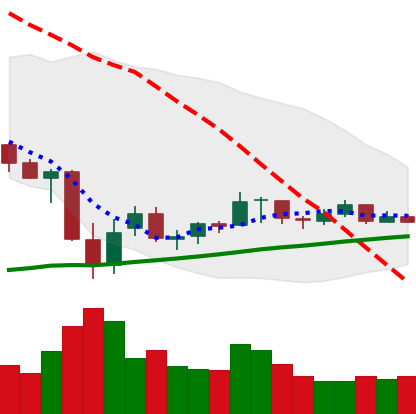
Ticker: XRP-USD
Chart end date: 2021-07-07
Forward return: -3.284%
Label: down_3_5